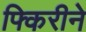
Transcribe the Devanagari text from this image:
फ्किरीने